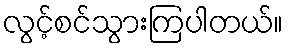
လွင့်စင်သွားကြပါတယ်။